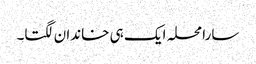
سارا محلہ ایک ہی خاندان لگتا۔